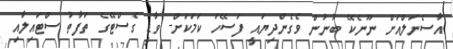
އާސެނަލްއަށް ނޫނެކޭ ބުނުން ވެގެންދިޔައީ ފަސޭހަ ކަމަކަށް- ވާޑީ ގެސްޓޭގެ ތަފާތު ސްޓައިލާއި